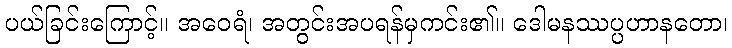
ပယ်ခြင်းကြောင့်။ အဝေရံ၊ အတွင်းအပရန်မှကင်း၏။ ဒေါမနဿပ္ပဟာနတော၊